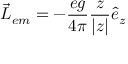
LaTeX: \vec { L } _ { e m } = - \frac { e g } { 4 \pi } \frac { z } { | z | } \hat { e } _ { z }